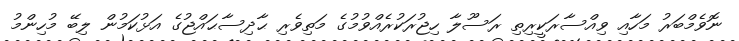
ނޮވެމްބަރު މަހާއި ވިއްސާރަކީރިތި ރަސޫލާ ހިޖުރަކުރެއްވުމުގެ މަތިވެރި ޙާދިސާޙައްޖުގެ އަޅުކަމުން ލިބޭ މުހިންމު